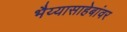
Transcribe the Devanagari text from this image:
भैय्यासाहेबांवर